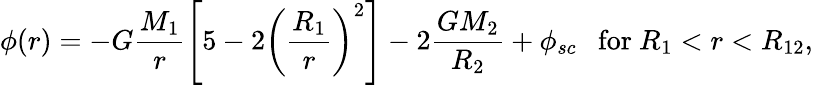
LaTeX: \phi(r)=-G\frac{M_{1}}{r}\left[5-2\left(\frac{R_{1}}{r}\right)^{2}\right]-2\frac{GM_{2}}{R_{2}}+\phi_{sc}\ \ \ \mathrm{for}\ R_{1}<r<R_{12},